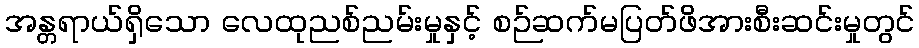
အန္တရာယ်ရှိသော လေထုညစ်ညမ်းမှုနှင့် စဉ်ဆက်မပြတ်ဖိအားစီးဆင်းမှုတွင်